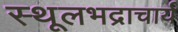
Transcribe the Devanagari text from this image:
स्थूलभद्राचार्य